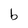
Character: b